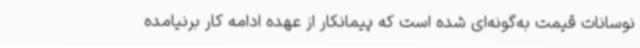
نوسانات قیمت به‌گونه‌ای شده است که پیمانکار از عهده ادامه کار برنیامده